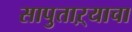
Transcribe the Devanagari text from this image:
सापुताऱ्याचा